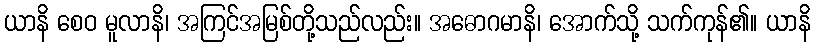
ယာနိ စေဝ မူလာနိ၊ အကြင်အမြစ်တို့သည်လည်း။ အဓောဂမာနိ၊ အောက်သို့ သက်ကုန်၏။ ယာနိ